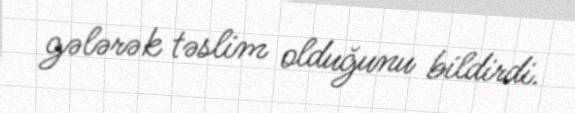
gələrək təslim olduğunu bildirdi.